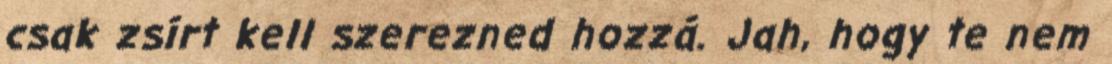
csak zsírt kell szerezned hozzá. Jah, hogy te nem